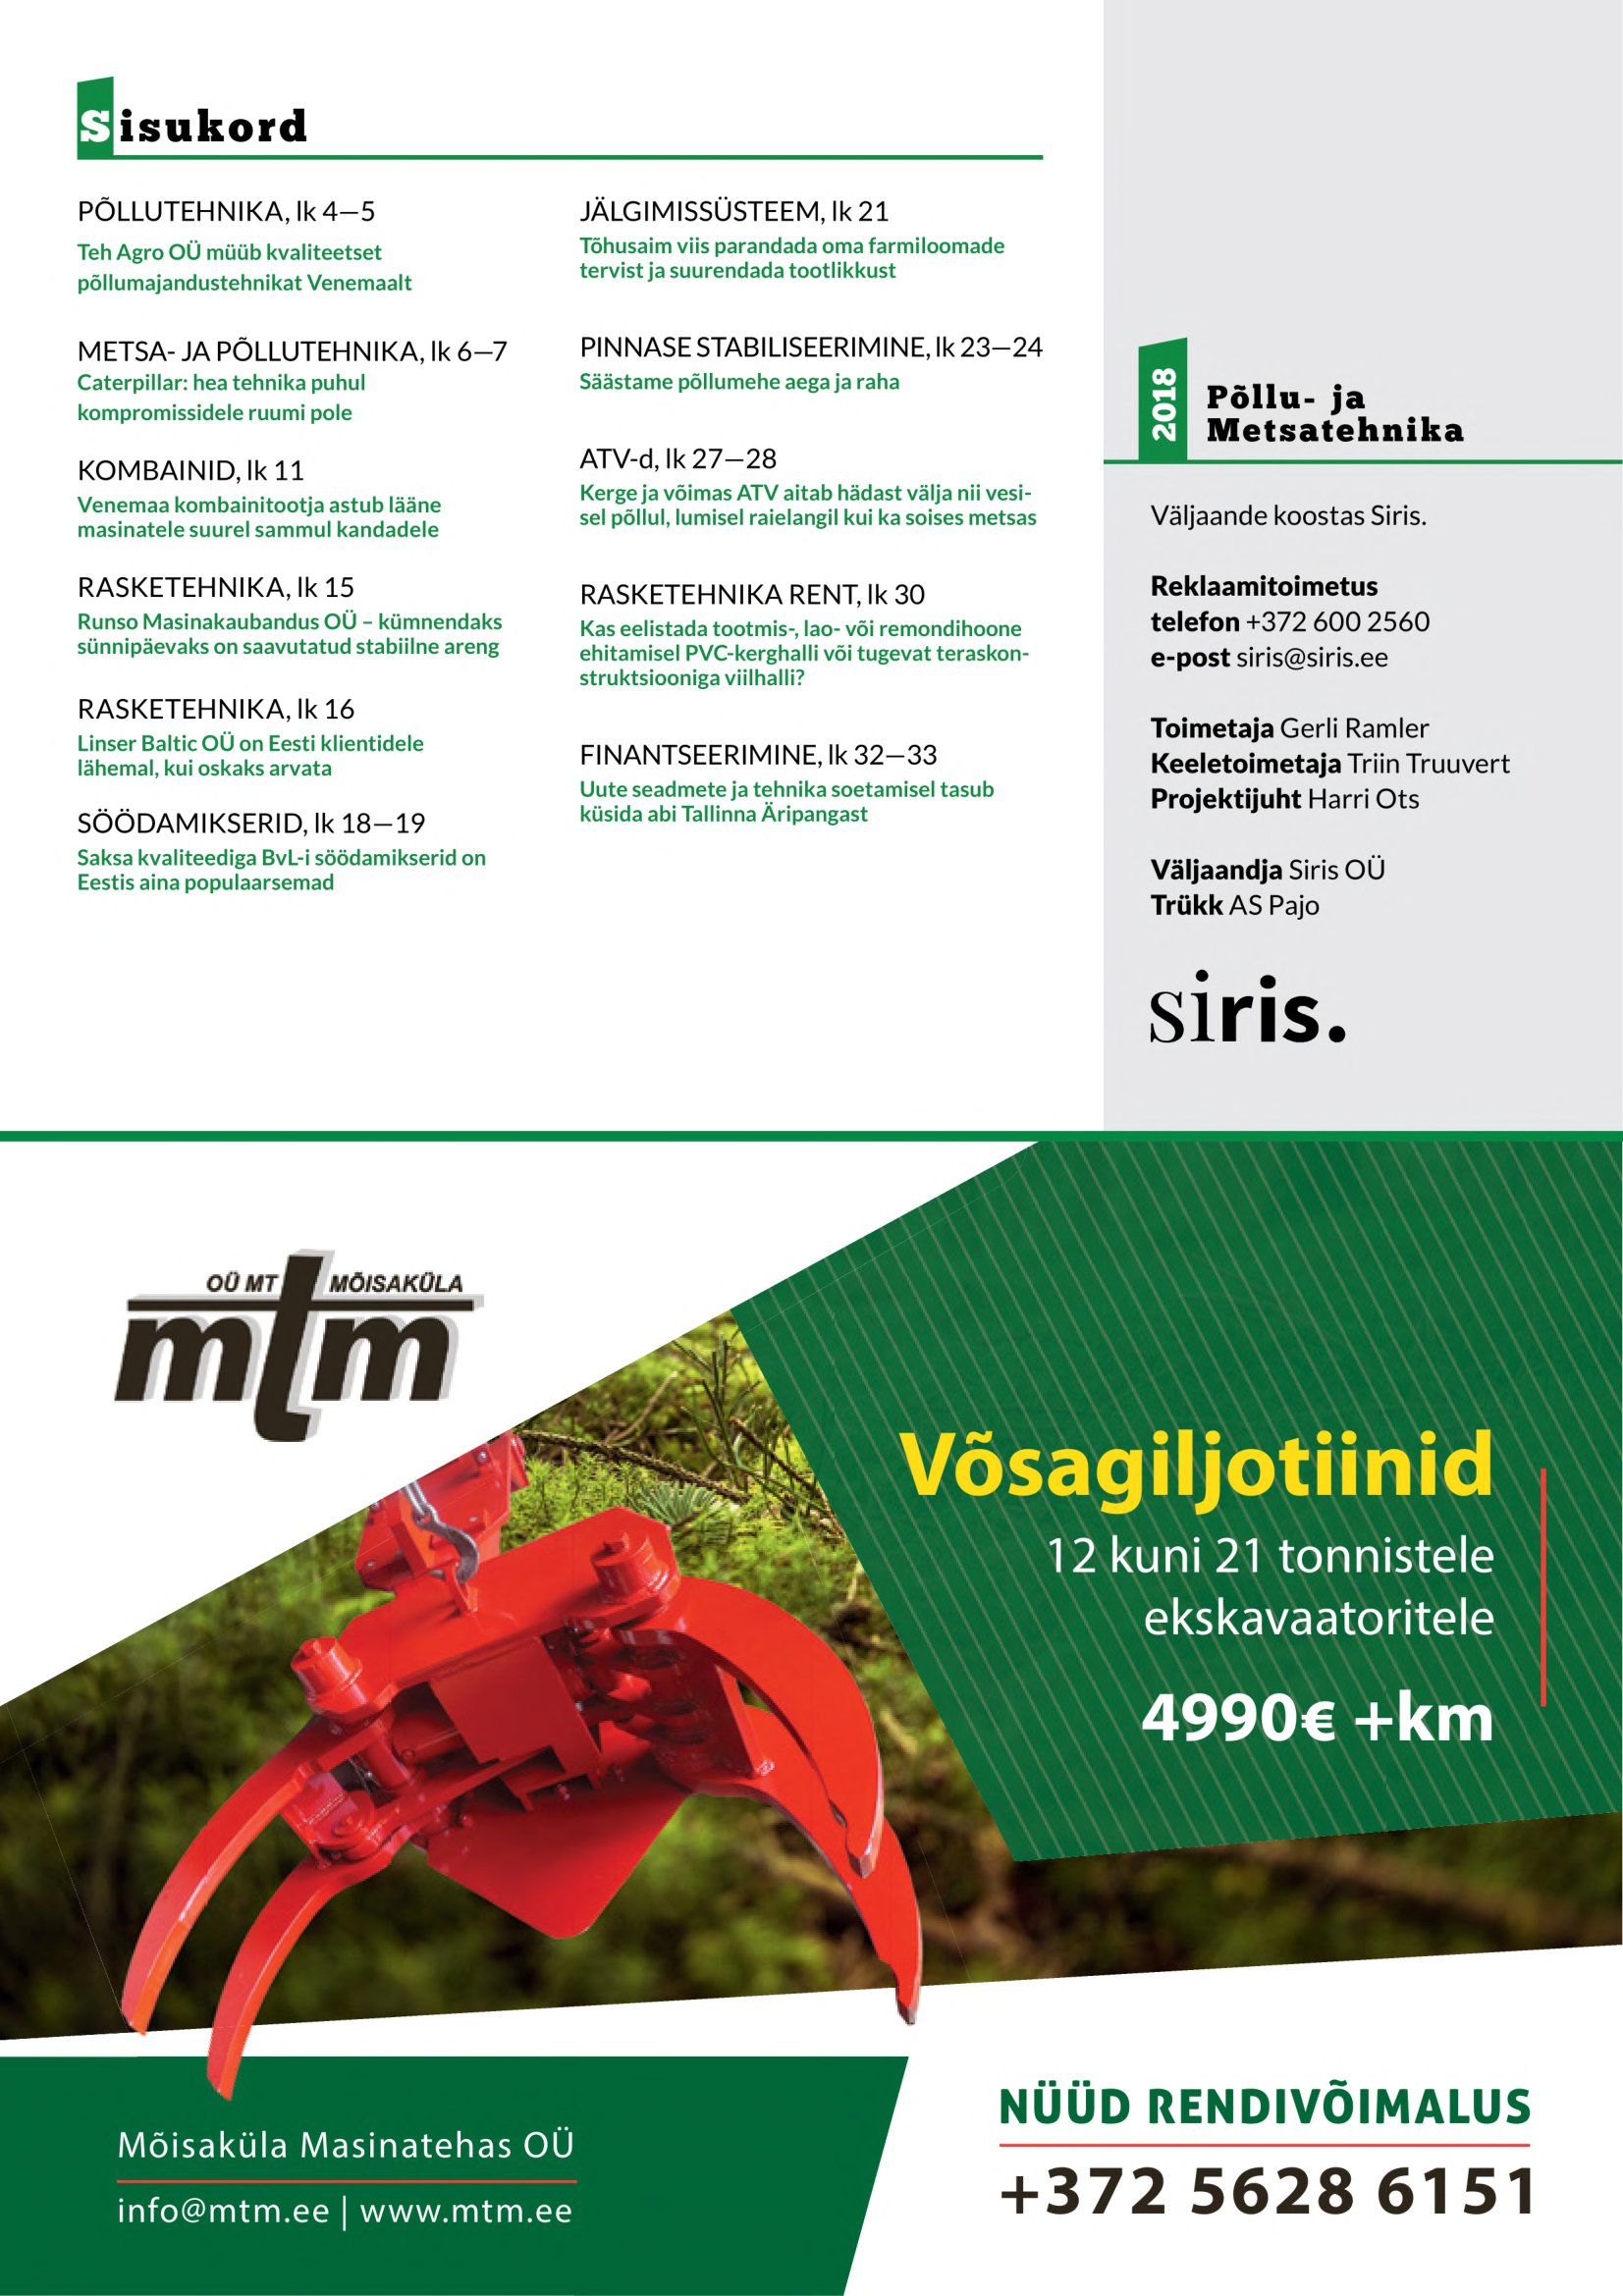
Language: et